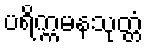
ပရိက္ကမနသုတ္တံ